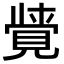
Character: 𮗖